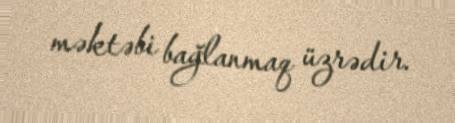
məktəbi bağlanmaq üzrədir.